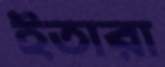
ইতারা